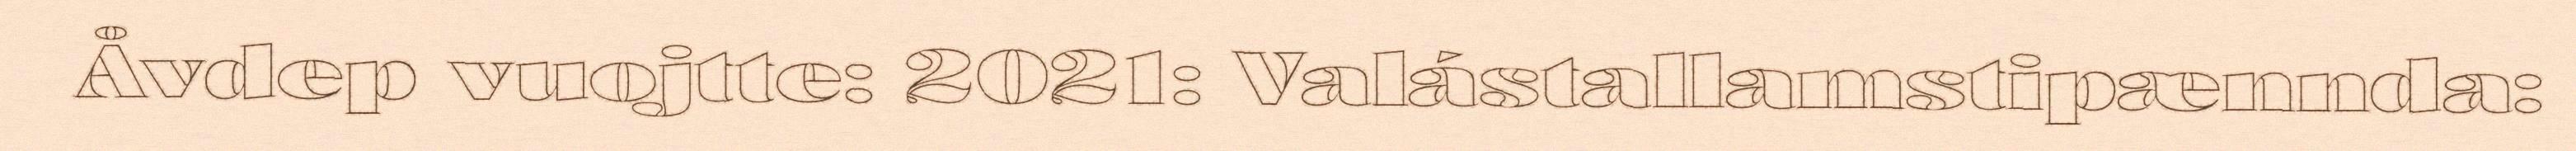
Åvdep vuojtte: 2021: Valástallamstipænnda: